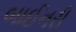
બાઈનરી